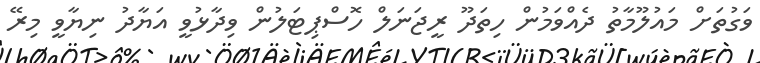
ވަގުތަށް މައުލޫމާތު ދެއްވަމުން ހިތަދޫ ރީޖަނަލް ހޮސްޕިޓަލުން ވިދާޅުވީ އަޔާދު ނިޔާވީ މިރޭ